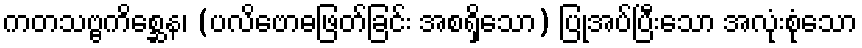
ကတသဗ္ဗကိစ္ဆေန၊ (ပလိဗောဓဖြတ်ခြင်း အစရှိသော) ပြုအပ်ပြီးသော အလုံးစုံသော